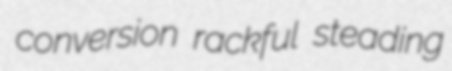
conversion rackful steading